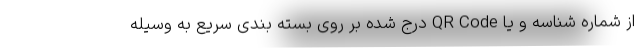
از شماره شناسه و یا QR Code درج شده بر روی بسته بندی سریع به وسیله